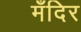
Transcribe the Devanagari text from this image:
मँदिर